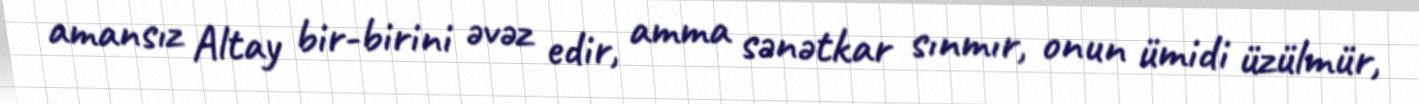
amansız Altay bir-birini əvəz edir, amma sənətkar sınmır, onun ümidi üzülmür,